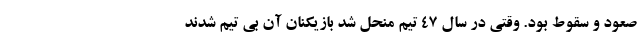
صعود و سقوط بود. وقتی در سال ۴۷ تیم منحل شد بازیکنان آن بی تیم شدند